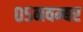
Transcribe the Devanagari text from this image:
०५नवम्बर